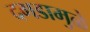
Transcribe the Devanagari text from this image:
दगडामुळे